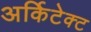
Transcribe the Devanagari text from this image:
अर्किटेक्ट